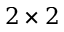
2 \times 2